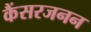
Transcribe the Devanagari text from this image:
कैंसरजनन